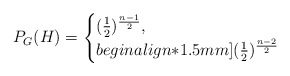
\begin{align*}P_G(H) = \begin{cases} (\frac{1}{2})^{\frac{n-1}{2}} , \\begin{align*}1.5mm](\frac{1}{2})^{\frac{n-2}{2}} \end{cases}\end{align*}